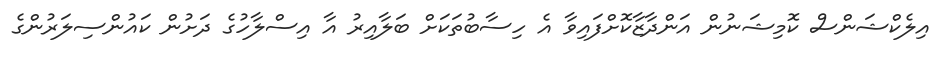
އިލެކްޝަންސް ކޮމިޝަނުން އަންދާޒާކޮށްފައިވާ އެ ހިސާބުތަކަށް ބަލާއިރު އާ އިސްލާހުގެ ދަށުން ކައުންސިލަރުންގެ